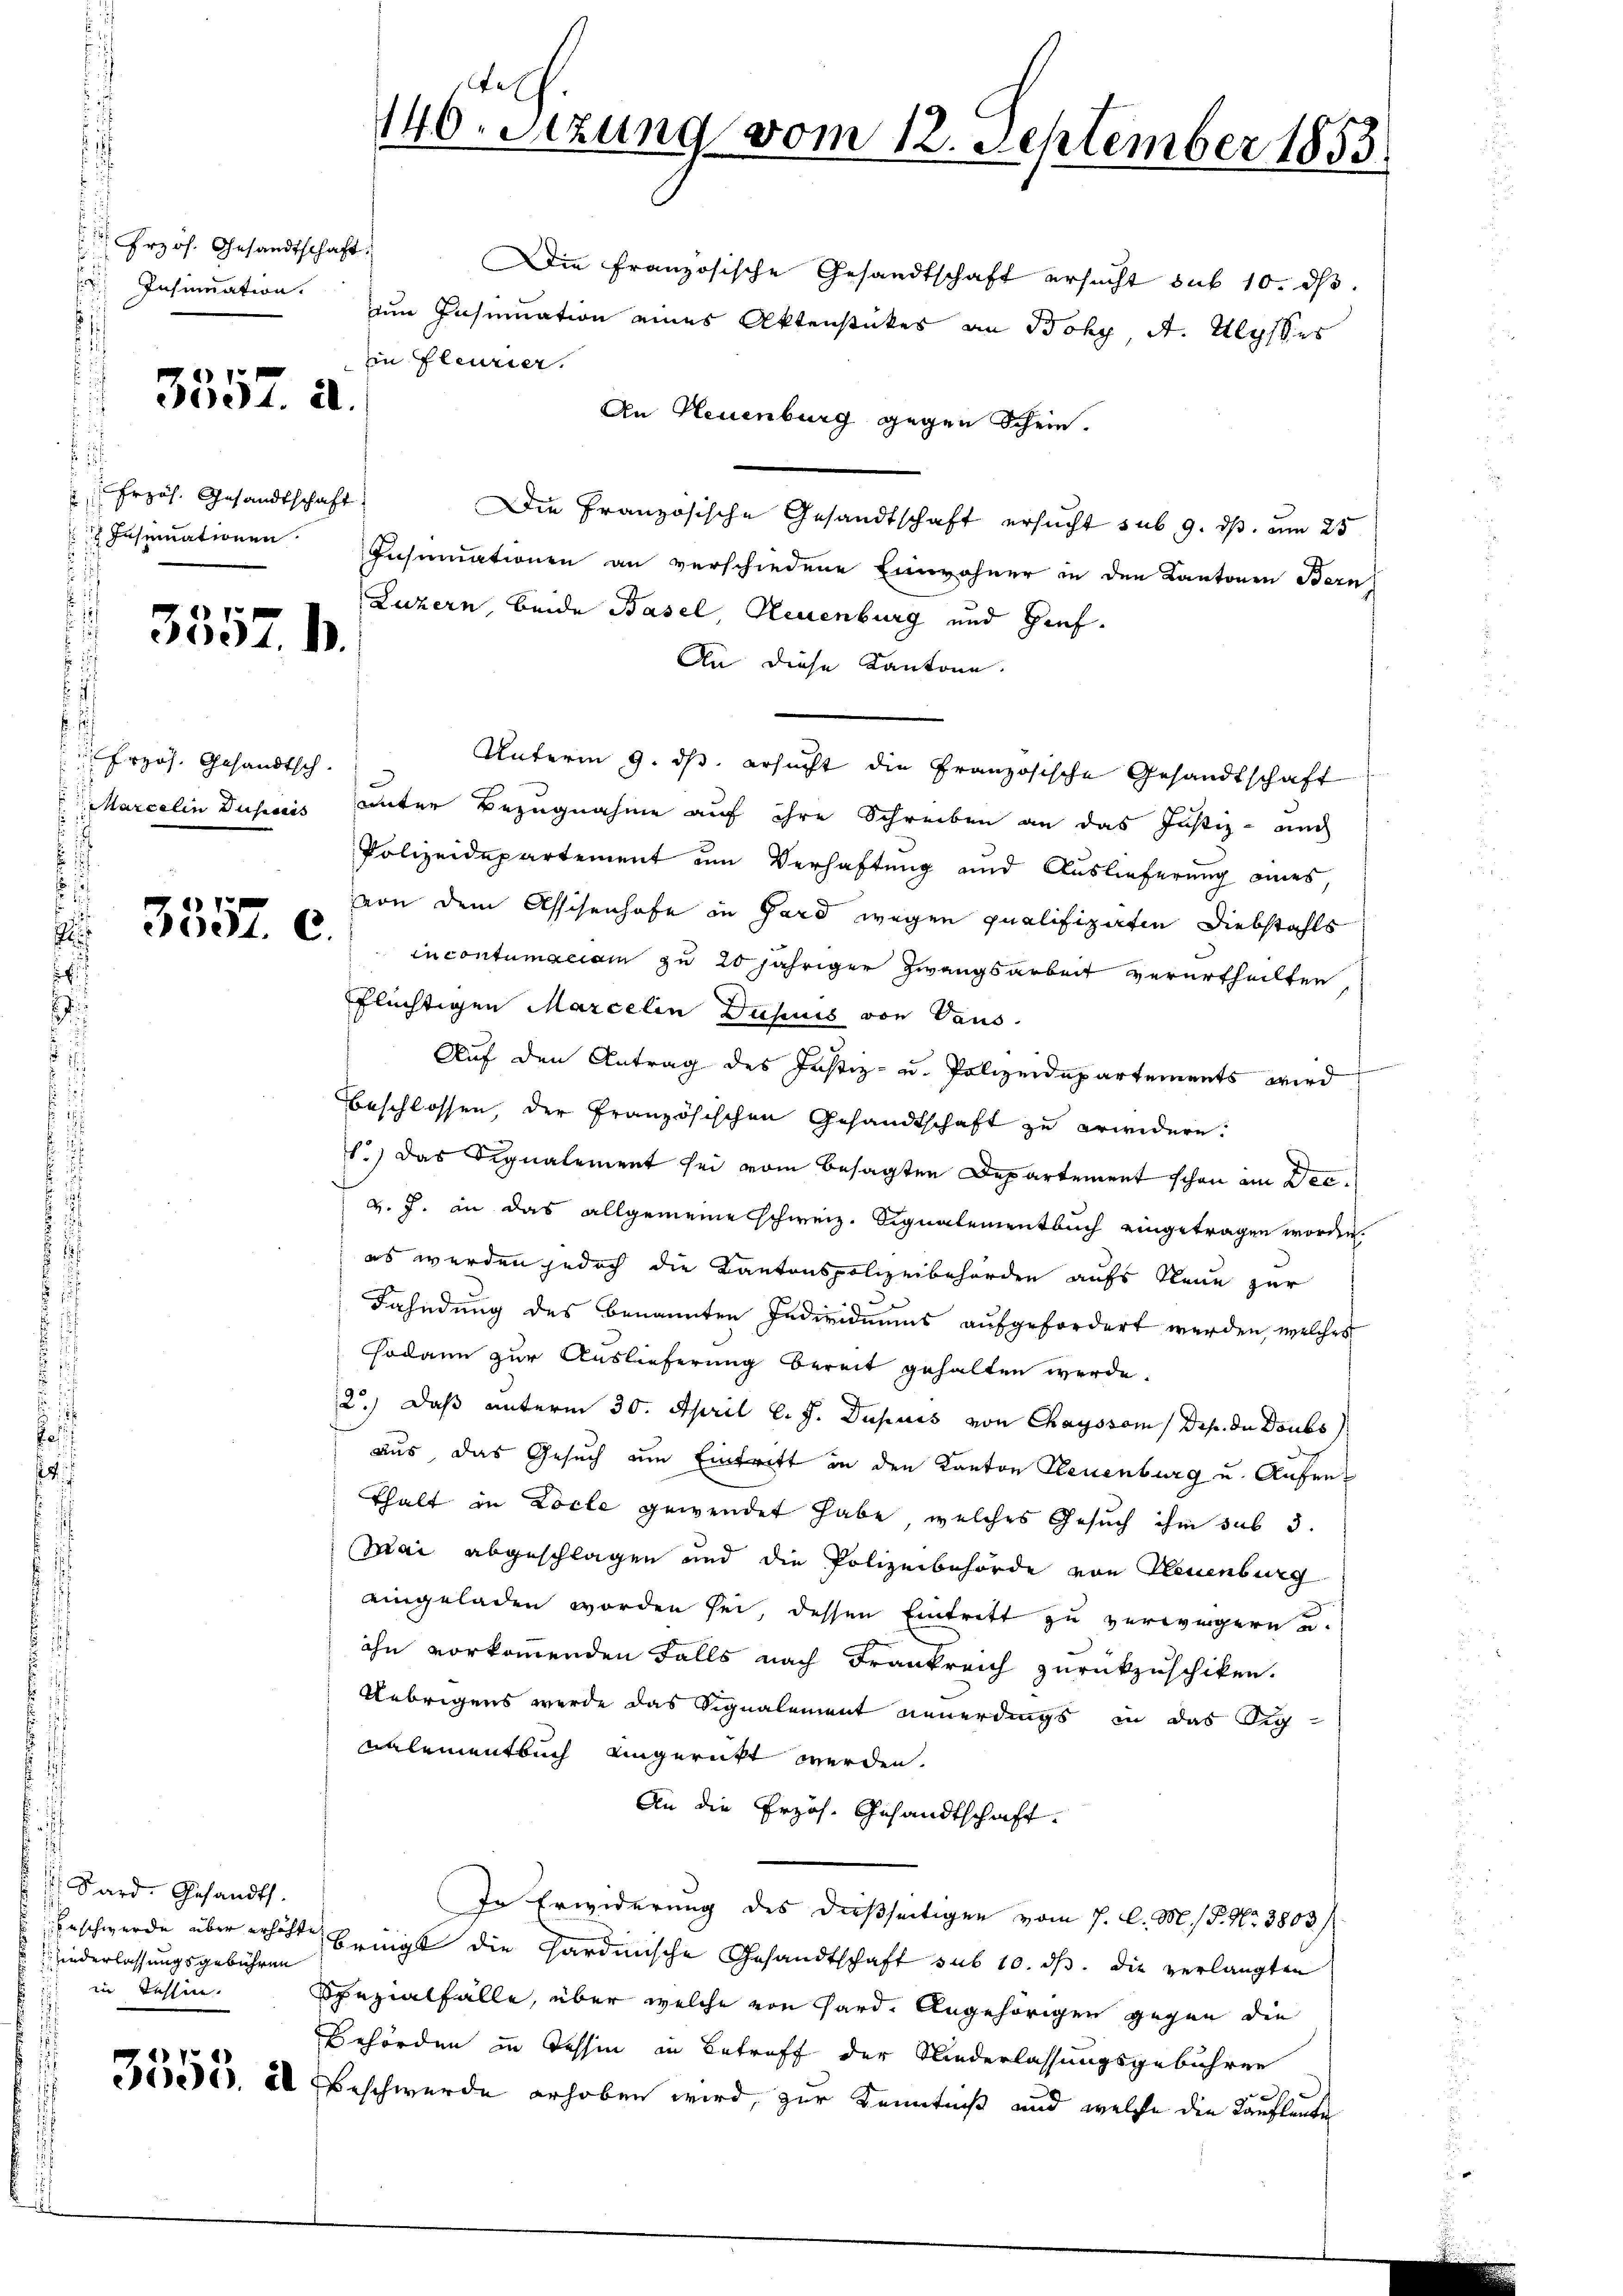
t
rzös. Gesandtschaft.
auf
Insinuation.
.

3552. a.

Erzös. Gesandtschaft

3557. b.

1
u Prof. Gesandtsch
arcelen Duserais

3557. c.

Sard. Gesandt.
Beschwerde über erhöhte
iederlassungsgebühren
in Tessin.
F

3555. a

Die Französische Gesandtschaft ersucht sub 10. dβ.
um Insinuation eines Aktenstückes an Bohy, A. Ulysses
in fleurier.
An Neuenburg gegen Schein.
Die Französische Gesandtschaft ersucht sub 9. ds. um 25
 Insinuationen Insinuationen an verschiedene Einwohner in den Kantonen Bern
Luzern, beide Basel, Neuenburg und Gief.
An diese Kantone.
unter Bezugnahme auf ihre Schreiben an das Justiz - auch
Polizeidepartement um Verhaftung und Auslieferung eines,
von dem Assisenhofe in Gard wegen Qualifiziten Diebstahls
in contumaciam zu 20 jähriger Zwangsarbeit verurtheilten
flüchtigen Marcelen Dusuis von Vaus.
Auf den Antrag des Justiz- u. Polizeidepartements wird
Beschlossen, der Französischen Gesandtschaft zu erwidern:
1.) Das Signalement sei vom besagten Departement schon an Dec.
v. J. an das allgemeine schweiz. Signalementbuch eingetragen worden.
es werden jedoch die Kantonspolizeibehörden aufs Neue zur
Fahndung des benannten Individuums aufgefordert werden, welches
Hodann zur Auslieferung bereit gehalten werde.
2.) Daß unterm 30. April l. J. Dupuis von Chayssom / Drp. da Doubs
aus, das Gesuch um Eintritt in den Kanton Eleuenburg u. Aufen¬
Thalt in Locle gewendet habe, welches Gesuch ihm sub 3.
Mai abgeschlagen und die Polizeibehörde von Neuenburg
eingeladen worden sei, dessen Eintrett zu verweigern u.
ihn vorkommenden Falls nach Frankreich zurückzuschiken.
Uebrigens werde das Signalement neuerdings in das Signalementbuch eingerückt werden.
An die Przoh. Gesandtschaft.
In Erwiderung des dießseitigen vom 7. d. M. P. Nr. 3803
bringt die Hardinische Gesandtschaft sub 10. ds. die verlangten
Spezialfälle, über welche von Hard. Angehörigen gegen die
Behörden in Tessin in Betreff der Niederlassungsgebühren
Beschwerde erhoben wird, zur Kenntniß und welche die Kaufleute

e
140. Sezung vom 12. September 1853.

Unterm 9. ds. ersucht die Französische Gesandtschaft